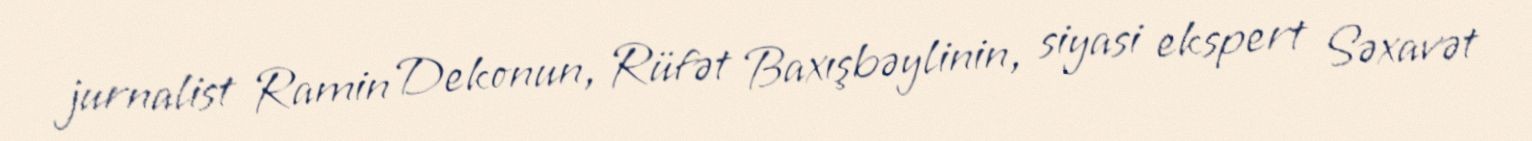
jurnalist Ramin Dekonun, Rüfət Baxışbəylinin, siyasi ekspert Səxavət